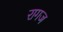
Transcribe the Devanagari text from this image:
रागज